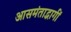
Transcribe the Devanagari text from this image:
आसमंताद्भागीं